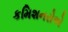
કમિશનરોએ